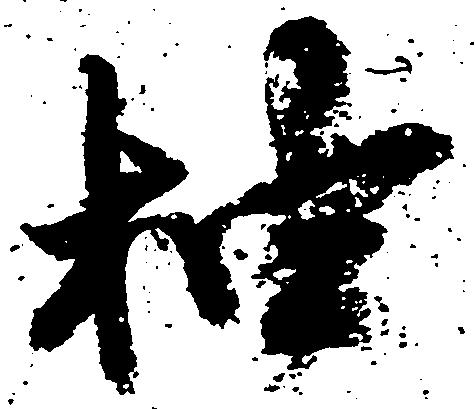
抽